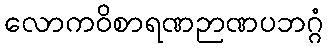
လောကဝိစာရဏဉာဏပဘဂ္ဂံ